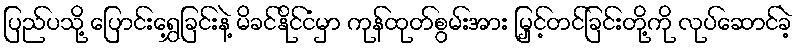
ပြည်ပသို့ ပြောင်းရွှေ့ခြင်းနဲ့ မိခင်နိုင်ငံမှာ ကုန်ထုတ်စွမ်းအား မြှင့်တင်ခြင်းတို့ကို လုပ်ဆောင်ခဲ့